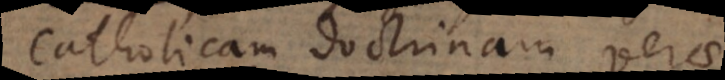
Catholicam doctrinam verae